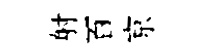
射百京